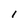
Character: I